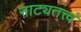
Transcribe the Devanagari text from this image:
नाट्यतत्त्वं